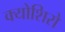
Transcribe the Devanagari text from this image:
क्योशिरो